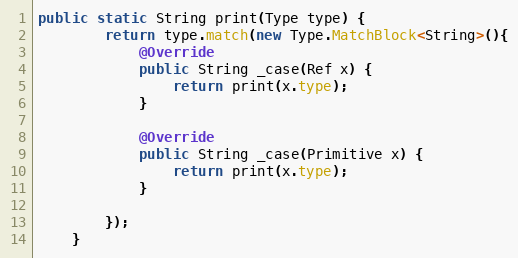
Language: Java
public static String print(Type type) {
        return type.match(new Type.MatchBlock<String>(){
            @Override
            public String _case(Ref x) {
                return print(x.type);
            }

            @Override
            public String _case(Primitive x) {
                return print(x.type);
            }

        });
    }